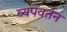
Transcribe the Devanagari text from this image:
व्यपवर्तन